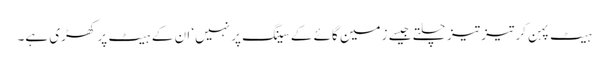
ہیٹ پہن کر تیز تیز چلتے جیسے زمین گائے کے سینگ پر نہیں‘ ان کے ہیٹ پر کھڑی ہے۔